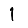
Digit: 1